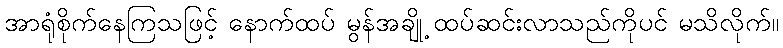
အာရုံစိုက်နေကြသဖြင့် နောက်ထပ် မွန်အချို့ ထပ်ဆင်းလာသည်ကိုပင် မသိလိုက်။